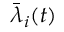
\bar { \lambda } _ { i } ( t )